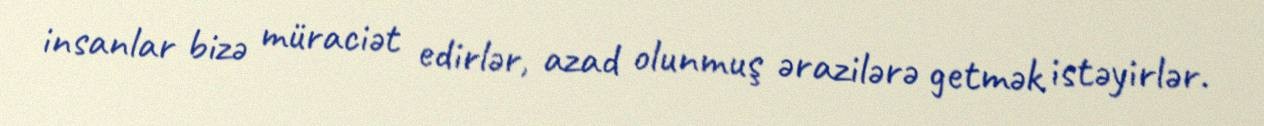
insanlar bizə müraciət edirlər, azad olunmuş ərazilərə getmək istəyirlər.